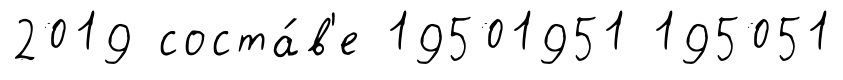
2019 соста́в'е 19501951 195051